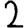
Digit: 2